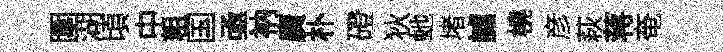
圍湖頃中粗国亟衲廣朴磴狄虵堵謔橈彦萩蒋奄